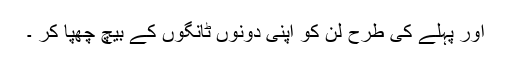
اور پہلے کی طرح لن کو اپنی دونوں ٹانگوں کے بیچ چھپا کر ۔